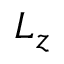
L _ { z }